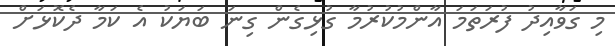
މި ގަވާއިދު ފުރަތަމަ އާންމުކުރުމާ ގުޅިގެން ގިނަ ބަޔަކު އެ ކަމާ ދެކޮޅަށް